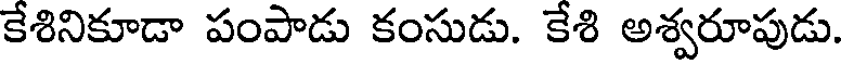
కేశినికూడా పంపాడు కంసుడు. కేశి అశ్వరూపుడు.